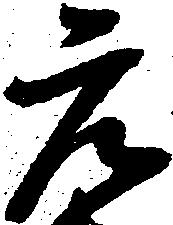
元